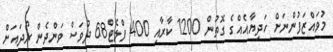
މުވައްޒަފުންނަށް ހަދިޔާއެއްގެ ގޮތުން 1200 ކާރާއި 400 ފްލެޓް68 ދުވަސް ވަންދެން ރޯދައަށް